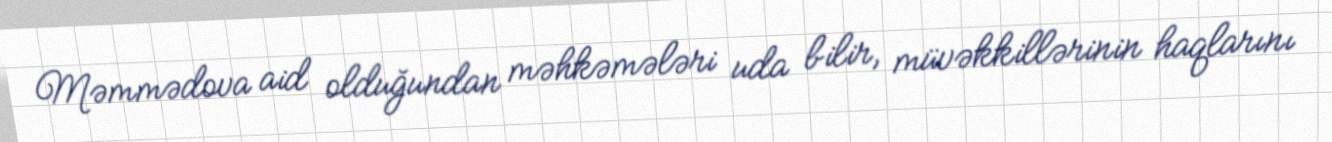
Məmmədova aid olduğundan məhkəmələri uda bilir, müvəkkillərinin haqlarını